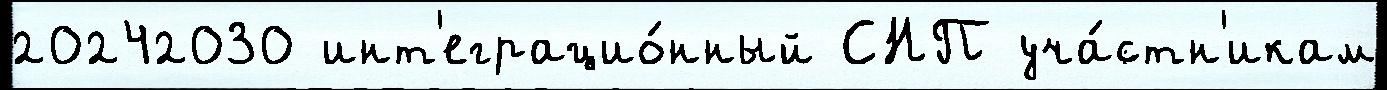
20242030 инт'еграцио́нный СНП уча́стн'икам